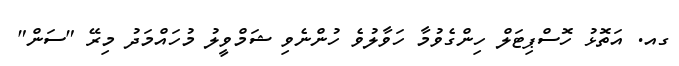
ގއ. އަތޮޅު ހޮސްޕިޓަލް ހިންގެވުމާ ހަވާލުވެ ހުންނެވި ޝަމްވީލު މުހައްމަދު މިރޭ "ސަން"